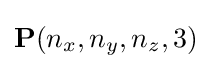
\mathbf {P} (n_{x},n_{y},n_{z},3)